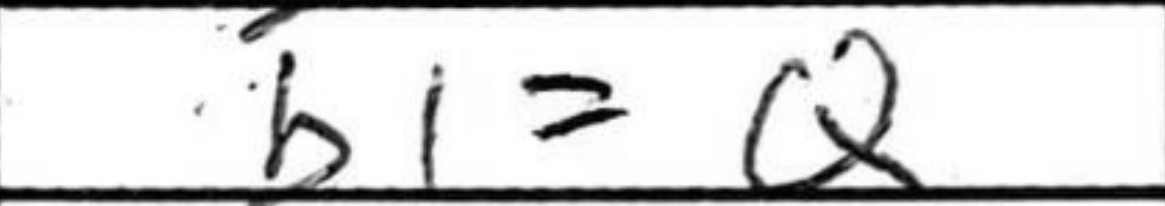
Transcription: b1=Q